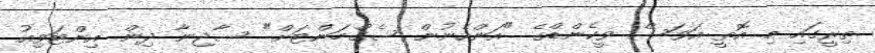
ތިރީގައި މި އޮތީ އަވަސް ވީކެންޑްގެ "އަންހެނުން ސެގްމަންޓަށް" ސާޖިނާ ދިން އިންޓަވިއު